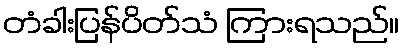
တံခါးပြန်ပိတ်သံ ကြားရသည်။